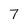
Character: 7